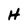
Character: H